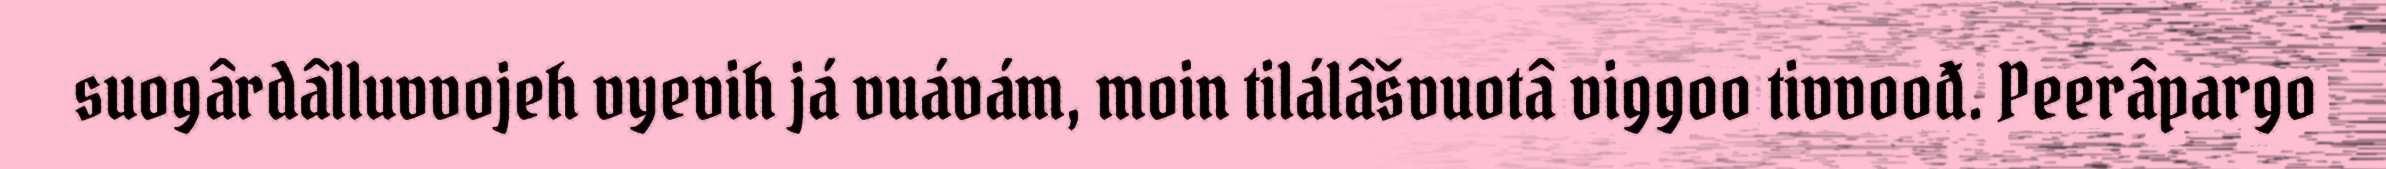
suogârdâlluvvojeh vyevih já vuávám, moin tilálâšvuotâ viggoo tivvoođ. Peerâpargo